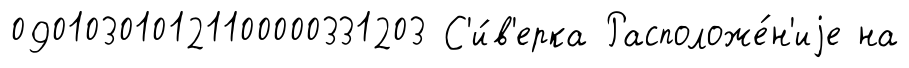
090103010121100000331203 С'и́в'ерка Расположе́н'иjе на